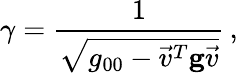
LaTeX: \gamma=\frac{1}{\sqrt{g_{00}-\vec{v}^{T}{\mathbf g}\vec{v}}}\, ,